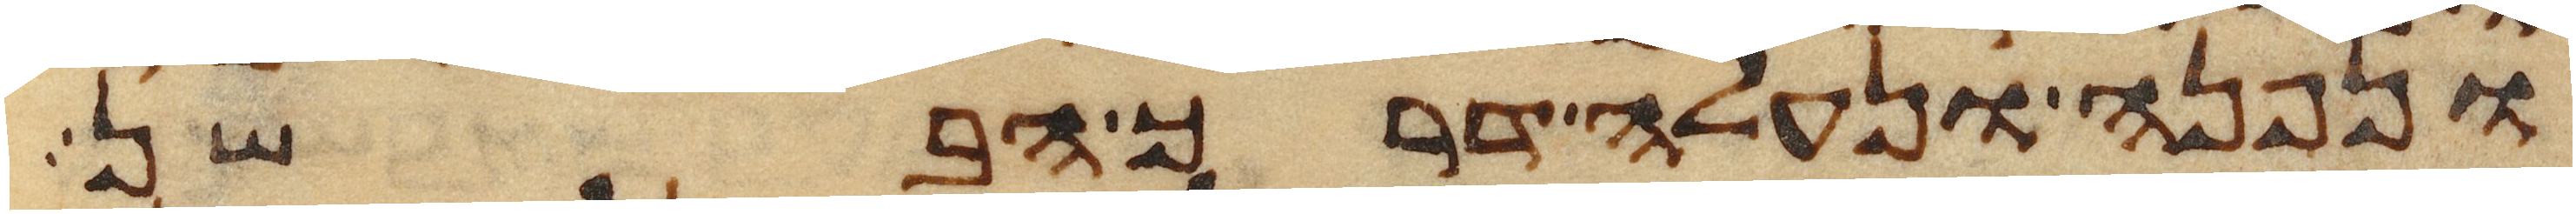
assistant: ונפנה ונעלה דרך הבשן